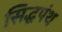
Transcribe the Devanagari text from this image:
सिद्धपंथ